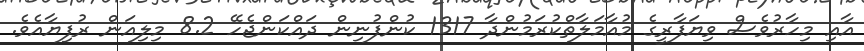
އާއި މިހާރުވެސް ވިޔަފާރީގެ މުއާމަލާތްކުރަމުންދާ 1317 ކުންފުނިން ދައްކަންޖެހޭ 8.2 މިލިއަން ރުފިޔާއެވެ.